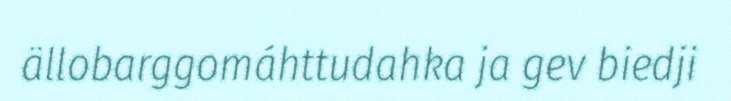
ällobarggomáhttudahka ja gev biedji